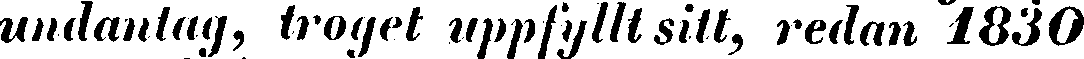
undantag, troget uppfyllt sitt, redan 1830